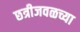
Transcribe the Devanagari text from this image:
छत्रीजवळच्या